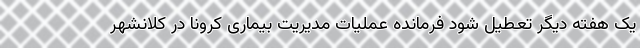
یک هفته‌ دیگر تعطیل شود فرمانده عملیات مدیریت بیماری کرونا در کلانشهر